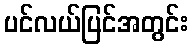
ပင်လယ်ပြင်အတွင်း